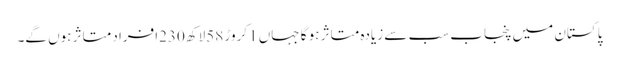
پاکستان میں پنجاب سب سے زیادہ متاثر ہو گا جہاں 1کروڑ 58لاکھ 230افراد متاثر ہوں گے۔